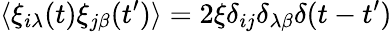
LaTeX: {\langle\xi_{i\lambda}(t)\xi_{j\beta}(t^{\prime})\rangle=2\xi\delta_{ij}\delta_{\lambda\beta}\delta(t-t^{\prime})}